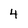
Character: 4